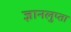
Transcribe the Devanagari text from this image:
ज्ञानलुप्ता